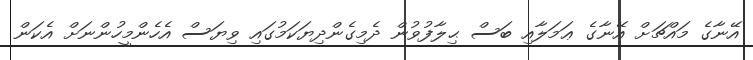
އޭނާގެ މައްޗަށް އޭނާގެ ޢަމަލާއި ބަސް ޙިލާފުވުން ދެމިގެންދިޔަކަމުގައި ވިޔަސް އެހެންމީހުންނަށް އެކަން